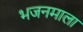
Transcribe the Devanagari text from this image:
भजनमाला